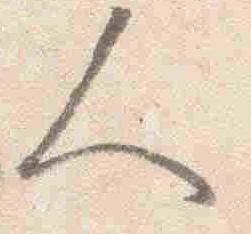
人